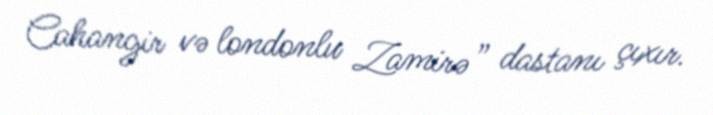
Cahangir və londonlu Zamirə” dastanı çıxır.